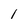
Character: 1